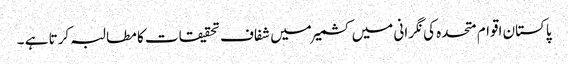
پاکستان اقوام متحدہ کی نگرانی میں کشمیر میں شفاف تحقیقات کا مطالبہ کرتا ہے ۔